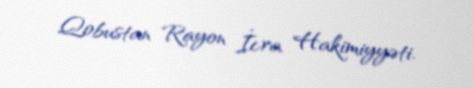
Qobustan Rayon İcra Hakimiyyəti.